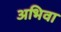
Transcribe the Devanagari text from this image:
अभिवा